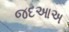
જદઆઅ